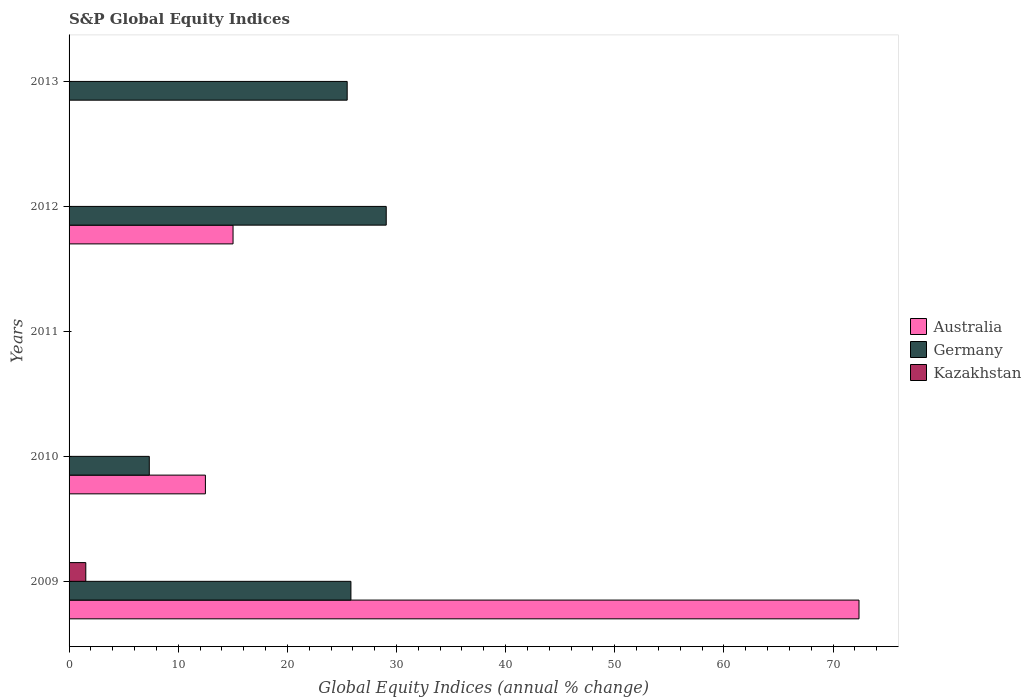
| Years | Australia | Germany | Kazakhstan |
 | --- | --- | --- | --- |
 | 2009 | 72.4 | 25.8 | 1.53 |
 | 2010 | 12.5 | 7.35 | -0.97 |
 | 2011 | -15.7 | -16.6 | -36.4 |
 | 2012 | 15 | 29.1 | -12.7 |
 | 2013 | -1.71 | 25.5 | -22.5 |